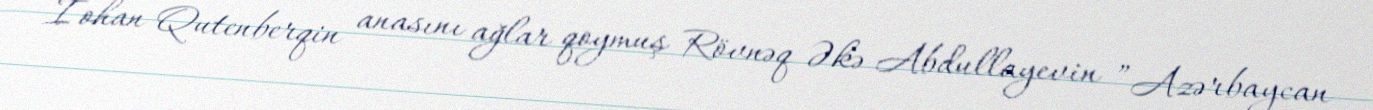
İohan Qutenberqin anasını ağlar qoymuş Rövnəq Əkə Abdullayevin ”Azərbaycan